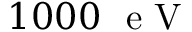
1 0 0 0 ~ \mathrm { ~ e ~ V ~ }